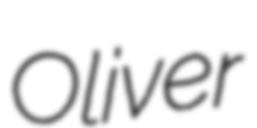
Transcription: Oliver